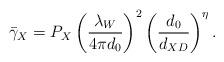
LaTeX: \begin{align*}\bar{\gamma}_{X}=P_{X} \left(\frac{ \lambda_W}{4 \pi d_0}\right)^{2}\left(\frac{d_0}{d_{XD}}\right)^{\eta}.\end{align*}